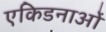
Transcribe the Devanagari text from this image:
एकिडनाओं